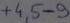
Text: +4,5-9